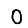
Digit: 0